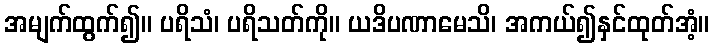
အမျက်ထွက်၍။ ပရိသံ၊ ပရိသတ်ကို။ ယဒိပဏာမေသိ၊ အကယ်၍နှင်ထုတ်အံ့။